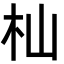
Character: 杣